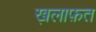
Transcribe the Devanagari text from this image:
ख़लाफ़त